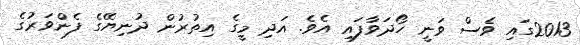
2013ގައި ވެސް ވަނީ ހޯދަވާފައި އެވެ. އަދި މީގެ އިތުރުން ދުނިޔޭގެ ފެންވަރުގެ